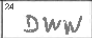
Transcription: DWW